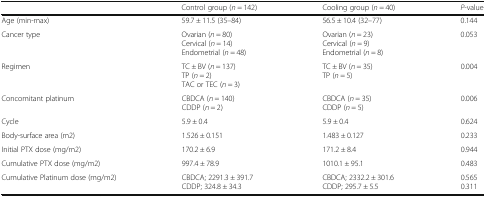
<table><thead><tr><td></td><td><b>Control group (<i>n</i> = 142)</b></td><td><b>Cooling group (<i>n</i> = 40)</b></td><td><b><i>P</i>-value</b></td></tr></thead><tbody><tr><td>Age (min-max)</td><td>59.7 ± 11.5 (35–84)</td><td>56.5 ± 10.4 (32–77)</td><td>0.144</td></tr><tr><td>Cancer type</td><td>Ovarian (<i>n</i> = 80)Cervical (<i>n</i> = 14)Endometrial (<i>n</i> = 48)</td><td>Ovarian (<i>n</i> = 23)Cervical (<i>n</i> = 9)Endometrial (<i>n</i> = 8)</td><td>0.053</td></tr><tr><td>Regimen</td><td>TC ± BV (<i>n</i> = 137)TP (<i>n</i> = 2)TAC or TEC (<i>n</i> = 3)</td><td>TC ± BV (<i>n</i> = 35)TP (<i>n</i> = 5)</td><td>0.004</td></tr><tr><td>Concomitant platinum</td><td>CBDCA (<i>n</i> = 140)CDDP (<i>n</i> = 2)</td><td>CBDCA (<i>n</i> = 35)CDDP (<i>n</i> = 5)</td><td>0.006</td></tr><tr><td>Cycle</td><td>5.9 ± 0.4</td><td>5.9 ± 0.4</td><td>0.624</td></tr><tr><td>Body-surface area (m2)</td><td>1.526 ± 0.151</td><td>1.483 ± 0.127</td><td>0.233</td></tr><tr><td>Initial PTX dose (mg/m2)</td><td>170.2 ± 6.9</td><td>171.2 ± 8.4</td><td>0.944</td></tr><tr><td>Cumulative PTX dose (mg/m2)</td><td>997.4 ± 78.9</td><td>1010.1 ± 95.1</td><td>0.483</td></tr><tr><td>Cumulative Platinum dose (mg/m2)</td><td>CBDCA; 2291.3 ± 391.7CDDP; 324.8 ± 34.3</td><td>CBDCA; 2332.2 ± 301.6CDDP; 295.7 ± 5.5</td><td>0.5650.311</td></tr></tbody></table>